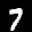
Label: 7